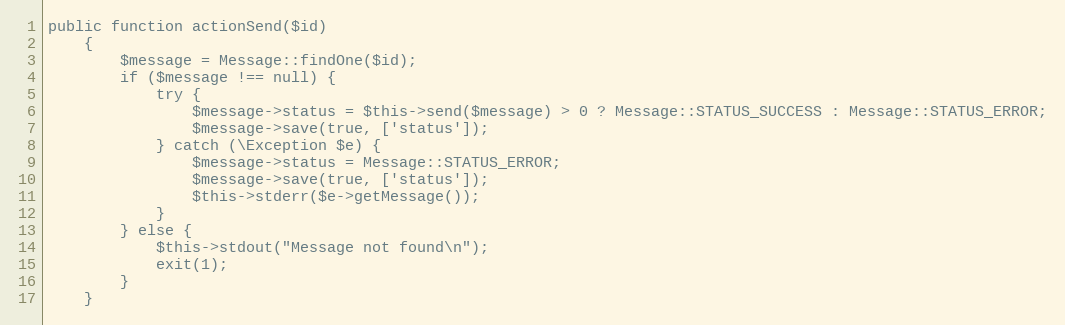
Language: PHP
public function actionSend($id)
    {
        $message = Message::findOne($id);
        if ($message !== null) {
            try {
                $message->status = $this->send($message) > 0 ? Message::STATUS_SUCCESS : Message::STATUS_ERROR;
                $message->save(true, ['status']);
            } catch (\Exception $e) {
                $message->status = Message::STATUS_ERROR;
                $message->save(true, ['status']);
                $this->stderr($e->getMessage());
            }
        } else {
            $this->stdout("Message not found\n");
            exit(1);
        }
    }